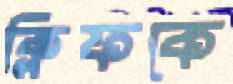
ক্লিফকে